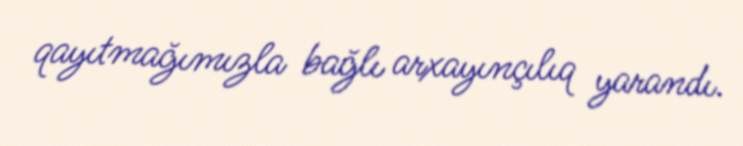
qayıtmağımızla bağlı arxayınçılıq yarandı.